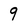
Character: 9